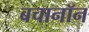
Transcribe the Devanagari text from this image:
बचानॉन